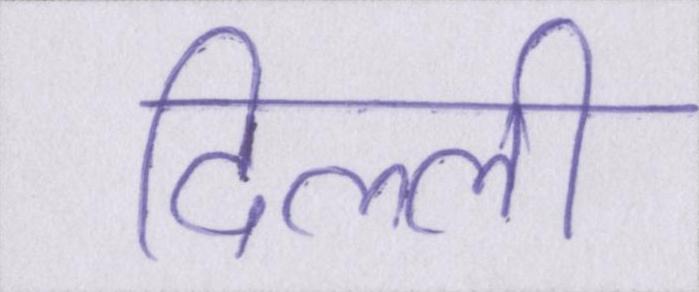
दिल्ली